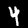
Label: 4